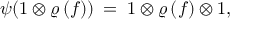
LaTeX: \psi ( 1 \otimes \varrho \, ( f ) ) \: = \: 1 \otimes \varrho \, ( f ) \otimes 1 ,